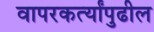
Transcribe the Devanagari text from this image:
वापरकर्त्यांपुढील